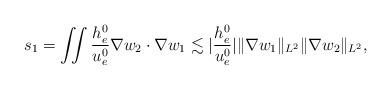
LaTeX: \begin{align*}\begin{aligned} s_1=\iint\frac{h^0_e}{u^0_e}\nabla w_2\cdot\nabla w_1\lesssim |\frac{h^0_e}{u^0_e}|\Vert\nabla w_1\Vert_{L^2}\Vert\nabla w_2\Vert_{L^2},\end{aligned}\end{align*}